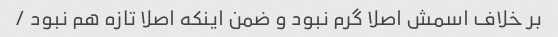
بر خلاف اسمش اصلا گرم نبود و ضمن اینکه اصلا تازه هم نبود /